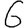
Digit: 6